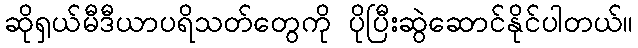
ဆိုရှယ်မီဒီယာပရိသတ်တွေကို ပိုပြီးဆွဲဆောင်နိုင်ပါတယ်။